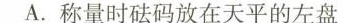
A.称量时砝码放在天平的左盘